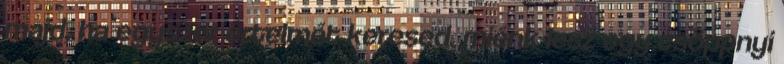
majd, ha egyszer értelmét keresed. miénk lesz egy csöppnyi